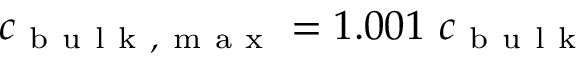
c _ { \mathrm { ~ b ~ u ~ l ~ k ~ , ~ m ~ a ~ x ~ } } = 1 . 0 0 1 \ c _ { \mathrm { ~ b ~ u ~ l ~ k ~ } }